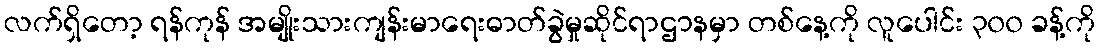
လက်ရှိတော့ ရန်ကုန် အမျိုးသားကျန်းမာရေးဓာတ်ခွဲမှုဆိုင်ရာဌာနမှာ တစ်နေ့ကို လူပေါင်း ၃၀၀ ခန့်ကို